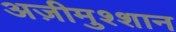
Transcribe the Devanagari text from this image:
अज़ीमुश्शान